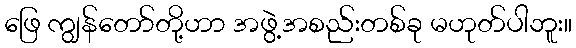
ဖြေ ကျွန်တော်တို့ဟာ အဖွဲ့အစည်းတစ်ခု မဟုတ်ပါဘူး။